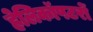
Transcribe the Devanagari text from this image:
हेलिकॉपटरों